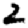
Digit: 2